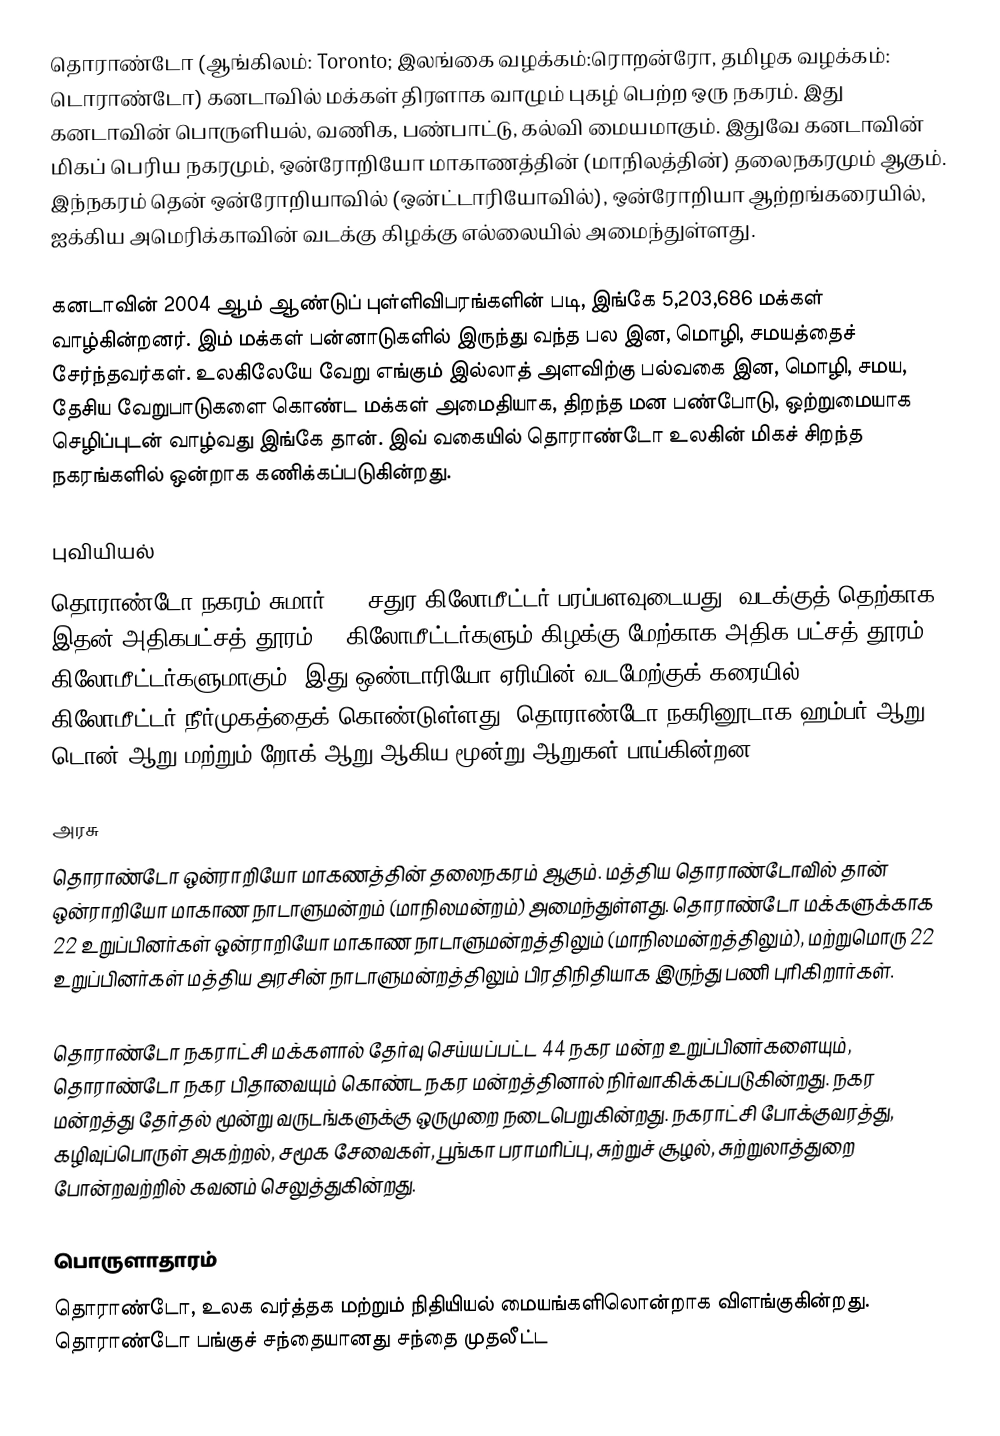
தொராண்டோ (ஆங்கிலம்: Toronto; இலங்கை வழக்கம்:ரொறன்ரோ, தமிழக வழக்கம்: டொராண்டோ) கனடாவில் மக்கள் திரளாக வாழும் புகழ் பெற்ற ஒரு நகரம். இது கனடாவின் பொருளியல், வணிக, பண்பாட்டு, கல்வி மையமாகும். இதுவே கனடாவின் மிகப் பெரிய நகரமும், ஒன்ரோறியோ மாகாணத்தின் (மாநிலத்தின்) தலைநகரமும் ஆகும்.  இந்நகரம் தென் ஒன்ரோறியாவில் (ஒன்ட்டாரியோவில்), ஒன்ரோறியா ஆற்றங்கரையில், ஐக்கிய அமெரிக்காவின் வடக்கு கிழக்கு எல்லையில் அமைந்துள்ளது.

கனடாவின் 2004 ஆம் ஆண்டுப் புள்ளிவிபரங்களின் படி, இங்கே 5,203,686 மக்கள் வாழ்கின்றனர். இம் மக்கள்  பன்னாடுகளில் இருந்து வந்த பல இன, மொழி, சமயத்தைச் சேர்ந்தவர்கள். உலகிலேயே வேறு எங்கும் இல்லாத் அளவிற்கு பல்வகை இன, மொழி, சமய, தேசிய வேறுபாடுகளை கொண்ட மக்கள் அமைதியாக, திறந்த மன பண்போடு, ஒற்றுமையாக செழிப்புடன் வாழ்வது இங்கே தான். இவ் வகையில் தொராண்டோ உலகின் மிகச் சிறந்த நகரங்களில் ஒன்றாக கணிக்கப்படுகின்றது.

புவியியல்
தொராண்டோ நகரம் சுமார் 630 சதுர கிலோமீட்டர் பரப்பளவுடையது. வடக்குத் தெற்காக இதன் அதிகபட்சத் தூரம் 21 கிலோமீட்டர்களும் கிழக்கு மேற்காக அதிக பட்சத் தூரம் 43 கிலோமீட்டர்களுமாகும். இது ஒண்டாரியோ ஏரியின் வடமேற்குக் கரையில் 46 கிலோமீட்டர் நீர்முகத்தைக் கொண்டுள்ளது. தொராண்டோ நகரினூடாக ஹம்பர் ஆறு, டொன் ஆறு மற்றும் றோக் ஆறு ஆகிய மூன்று ஆறுகள் பாய்கின்றன.

அரசு
தொராண்டோ ஒன்ராறியோ மாகணத்தின் தலைநகரம் ஆகும்.  மத்திய தொராண்டோவில் தான் ஒன்ராறியோ மாகாண நாடாளுமன்றம் (மாநிலமன்றம்) அமைந்துள்ளது.  தொராண்டோ மக்களுக்காக 22 உறுப்பினர்கள் ஒன்ராறியோ மாகாண நாடாளுமன்றத்திலும் (மாநிலமன்றத்திலும்), மற்றுமொரு 22 உறுப்பினர்கள் மத்திய அரசின் நாடாளுமன்றத்திலும் பிரதிநிதியாக இருந்து பணி புரிகிறார்கள்.

தொராண்டோ நகராட்சி மக்களால் தேர்வு செய்யப்பட்ட 44 நகர மன்ற உறுப்பினர்களையும், தொராண்டோ நகர பிதாவையும் கொண்ட நகர மன்றத்தினால் நிர்வாகிக்கப்படுகின்றது.  நகர மன்றத்து தேர்தல் மூன்று வருடங்களுக்கு ஒருமுறை நடைபெறுகின்றது.  நகராட்சி போக்குவரத்து, கழிவுப்பொருள் அகற்றல், சமூக சேவைகள், பூங்கா பராமரிப்பு, சுற்றுச் சூழல், சுற்றுலாத்துறை போன்றவற்றில் கவனம் செலுத்துகின்றது.

பொருளாதாரம்
தொராண்டோ, உலக வர்த்தக மற்றும் நிதியியல் மையங்களிலொன்றாக விளங்குகின்றது. தொராண்டோ பங்குச் சந்தையானது சந்தை முதலீட்ட